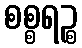
စစ္စရဉ္စ